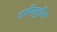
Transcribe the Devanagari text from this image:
तमीज़ुद्दीन